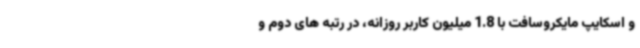
و اسکایپ مایکروسافت با 1.8 میلیون کاربر روزانه، در رتبه های دوم و